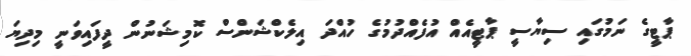
ޕާޓީގެ ނަމުގައި ސިޔާސީ ޕާޓީއެއް އުފެއްދުމުގެ ހުއްދަ އިލެކްޝަންސް ކޮމިޝަނުން ދީފައިވަނީ މިދިޔަ